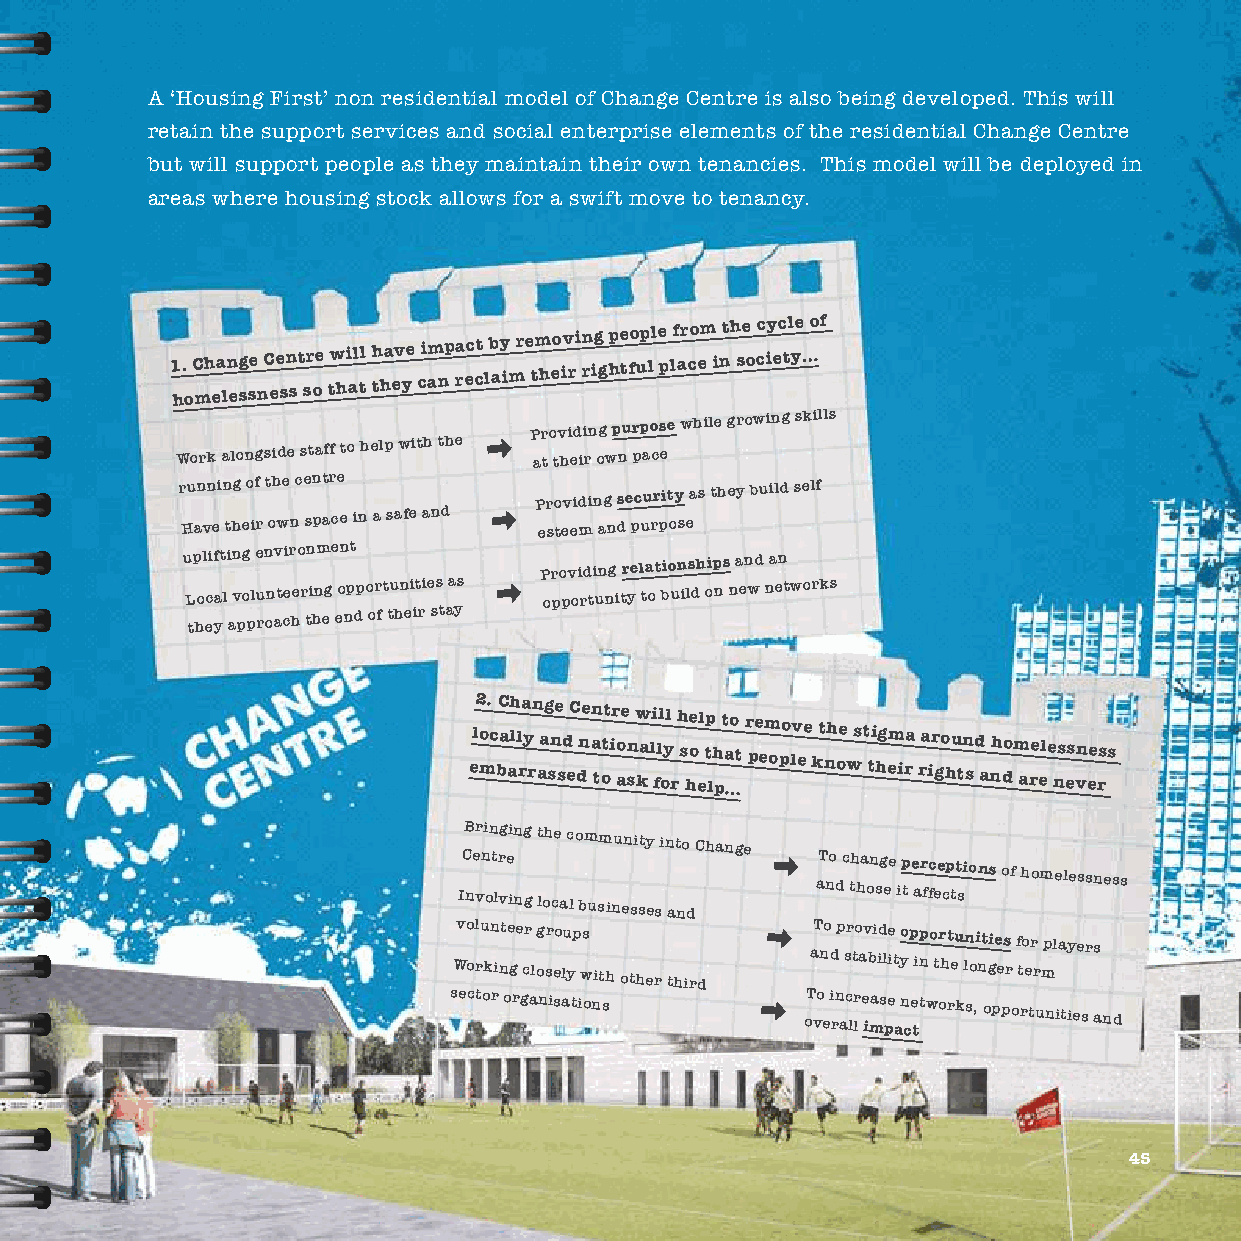
A ‘Housing First’ non residential model of Change Centre is also being developed. This will
 retain the support services and social enterprise elements of the residential Change Centre
 but will support people as they maintain their own tenancies. This model will be deployed in
 areas where housing stock allows for a swift move to tenancy.
 1 h.
 o
 C mh ea ln esg se
 n
 C ee sn st sr oe tw hi al tl th ha ev ye ci am np ra ec ct lb ay im re tm heo iv ri n rig g hpe tfo up ll e p lf ar co em i nth se o cc iy ec tl ye … of
 Work alongside staff to help with the P ar t o tv hi ed ii rn og w p nu r pp ao cs ee while growing skills
 running of the centre  Providing security as they build self
 Have their own space in a safe and esteem and purpose
 u L tp hol ecif a yt l i
 a
 n v pg o
 p
 le u rn on av t ceir heo r tn i hnm eg e eon npt dp o or ft tu hn ei it ri e ss
 t
 aa ys P or po pv oi rd ti un ng i tr ye l ta ot bio un ils dh oip ns n a en wd na en t works
 el2 o m. c bC a ah ll ra y rn aag sne sd eC dne n a tott ir aoe sn w ka li fll oyl
 r
 h s he o el tp lh
 p
 t a …o t r pe em opo lv ee
 k
 t nh oe
 w
 s t ti hg em ira ra ir go hu tn
 s
 d
 a
 nh dom are ele ns es vn ee rs s
 ICB
 ne
 vr ni on
 t lr
 vg ei in
 n
 g
 g
 t loh ce
 a
 c
 l
 o bm usm inu en si sty
 es
 i n at no
 d
 C hange
 aT no
 d
 c th ha on sg ee ip
 t
 e ar ffc ee cp tt sions of homelessness
 Wvo ol ru kn inte ge cr
 l
 og sr eo lu yp ws
 ith other third
 aT no
 d
 p sr to av bi id le
 it
 yo p inpo tr ht eu ln oi nt gie es
 r
 f to er
 r
 mplayers
 sector organisations   oT vo
 e
 i rn ac llr e imas pe
 a
 n ce
 t
 tworks, opportunities
 and
 45